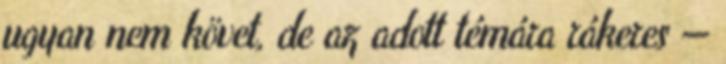
ugyan nem követ, de az adott témára rákeres —